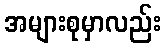
အများစုမှာလည်း